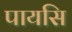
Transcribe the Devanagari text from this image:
पायसि